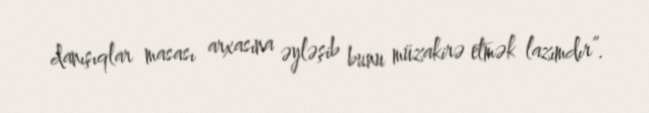
danışıqlar masası arxasına əyləşib bunu müzakirə etmək lazımdır”.